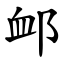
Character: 䘏